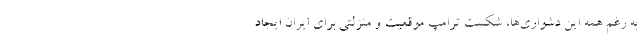
به رغم همه این دشواری‌ها، شکست ترامپ موقعیت و منزلتی برای ایران ایجاد